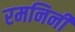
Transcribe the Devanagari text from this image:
रमनिनी